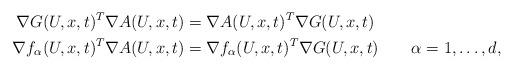
LaTeX: \begin{align*}\nabla G(U,x,t)^T\nabla A(U,x,t)&=\nabla A(U,x,t)^T\nabla G(U,x,t)\\\nabla f_\alpha(U,x,t)^T\nabla A(U,x,t)&=\nabla f_\alpha(U,x,t)^T\nabla G(U,x,t)\qquad\alpha=1,\dots,d,\end{align*}